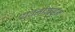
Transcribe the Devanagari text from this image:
यवनांकडून